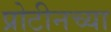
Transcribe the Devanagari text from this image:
प्रोटीनच्या